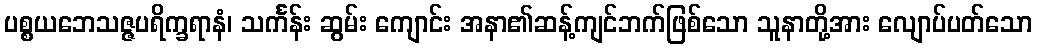
ပစ္စယဘေသဇ္ဇပရိက္ခရာနံ၊ သင်္ကန်း ဆွမ်း ကျောင်း အနာ၏ဆန့်ကျင်ဘက်ဖြစ်သော သူနာတို့အား လျောပ်ပတ်သော